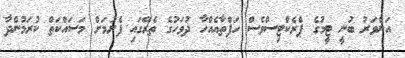
އަންވަރު ބުނީ ޓީމުގެ ޕްރެކްޓިސްވެސް ހަފްތާއެއްހާ ދުވަހުގެ ތެރޭގައި ފެށުމަށް މަސައްކަތް ކުރަމުންދާ